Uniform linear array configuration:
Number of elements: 24
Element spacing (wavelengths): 1
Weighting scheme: binomial
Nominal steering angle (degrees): -30
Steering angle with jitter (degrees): -28.139
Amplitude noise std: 0.05
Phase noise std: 0.05

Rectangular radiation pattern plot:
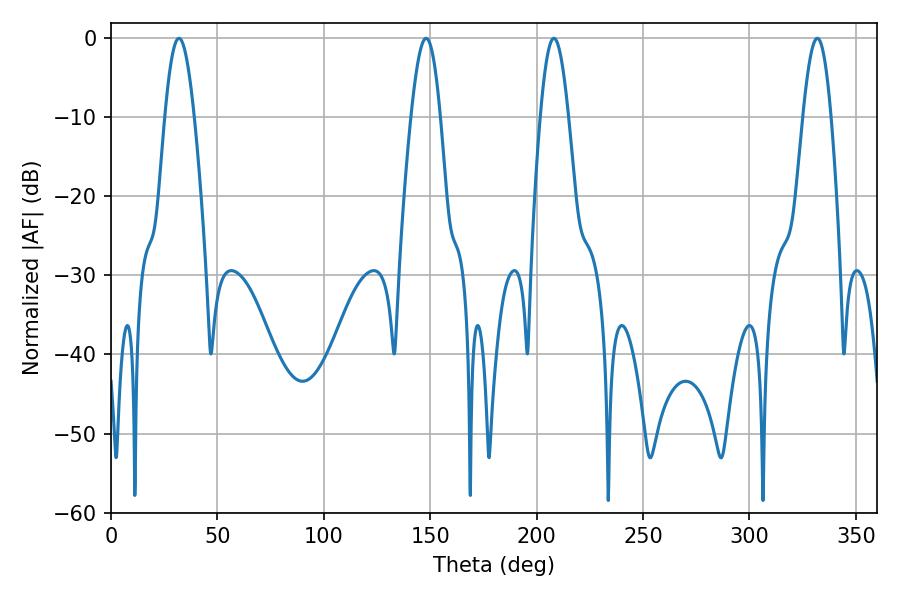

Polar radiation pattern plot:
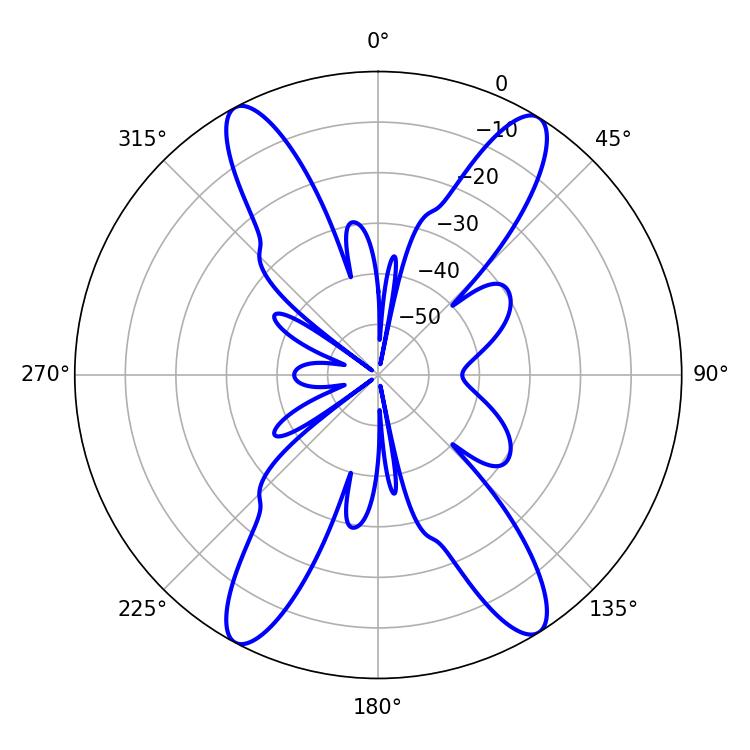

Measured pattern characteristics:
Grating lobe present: TRUE
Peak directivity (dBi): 19.688
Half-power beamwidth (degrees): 7.02
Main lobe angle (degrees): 208.08